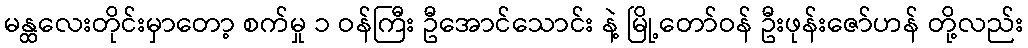
မန္ထလေးတိုင်းမှာတော့ စက်မှု ၁ ဝန်ကြီး ဦအောင်သောင်း နဲ့ မြို့တော်ဝန် ဦးဖုန်းဇော်ဟန် တို့လည်း